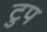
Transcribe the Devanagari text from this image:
टुप